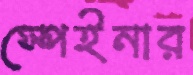
স্পেইনার